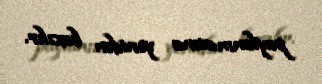
paylanmasına yenidən baxılır.